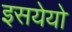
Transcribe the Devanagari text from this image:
इसयेयो